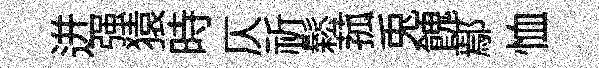
迸强猿時仄祈鬆菰兎餽鄢恤